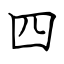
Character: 四